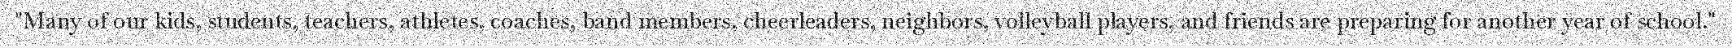
"Many of our kids, students, teachers, athletes, coaches, band members, cheerleaders, neighbors, volleyball players, and friends are preparing for another year of school."